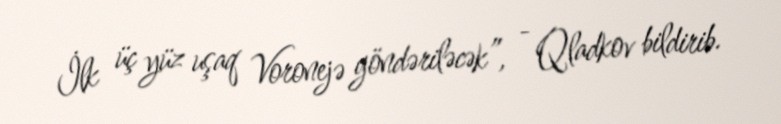
İlk üç yüz uşaq Voronejə göndəriləcək”, - Qladkov bildirib.